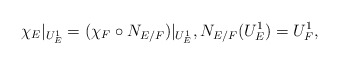
\begin{align*} \chi_E|_{U_E^1}=(\chi_F\circ N_{E/F})|_{U_E^1}, N_{E/F}(U_E^1)=U_F^1, \end{align*}